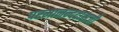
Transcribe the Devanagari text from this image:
परमानन्ददासजी